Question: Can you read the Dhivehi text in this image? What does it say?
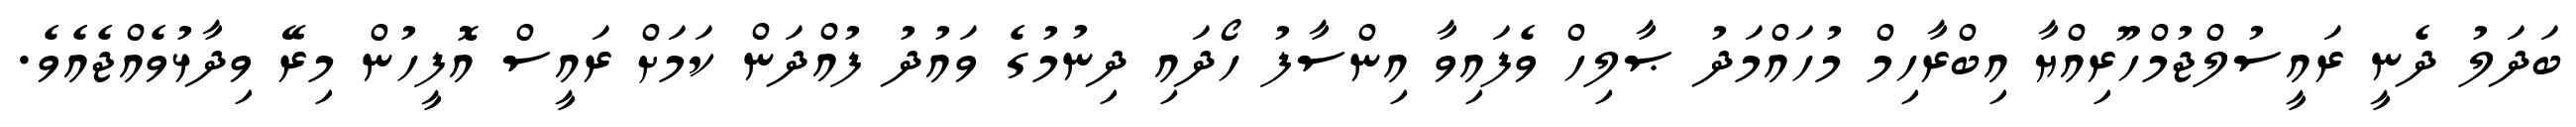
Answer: ބަދަލު ދެނީ ރައީސުލްޖުމްހޫރިއްޔާ އިބްރާހިމް މުހައްމަދު ޞާލިހް ވެފައިވާ އިންސާފު ހޯދައި ދިނުމުގެ ވައުދު ފުއްދަން ކަމަށް ރައީސް އޮފީހުން މިރޭ ވިދާޅުވެއްޖެއެވެ.